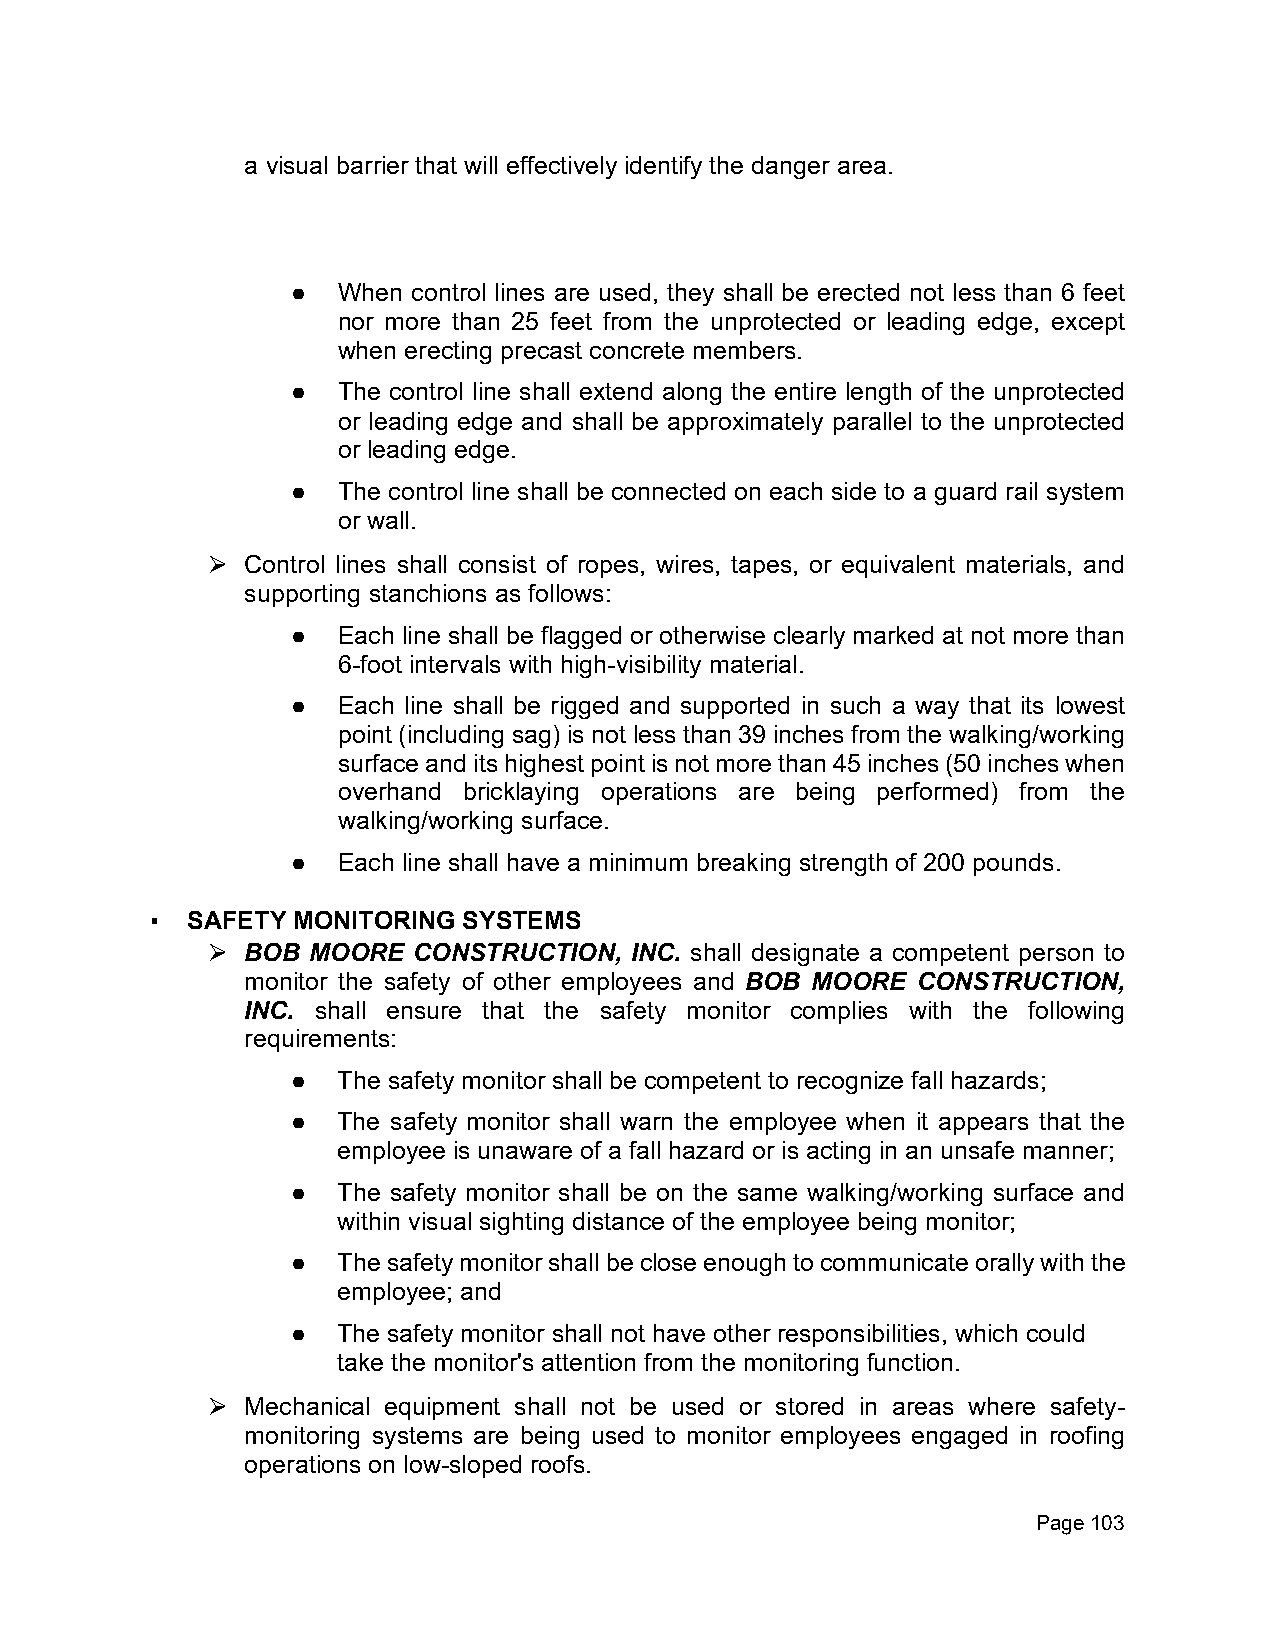
a visual barrier that will effectively identify the danger area.
 ●  When control lines are used, they shall be erected not less than 6 feet
 nor more than 25 feet from the unprotected or leading edge, except
 when erecting precast concrete members.
 ●  The control line shall extend along the entire length of the unprotected
 or leading edge and shall be approximately parallel to the unprotected
 or leading edge.
 ●  The control line shall be connected on each side to a guard rail system
 or wall.
 Control lines shall consist of ropes, wires, tapes, or equivalent materials, and
 ⮚
 supporting stanchions as follows:
 ●  Each line shall be flagged or otherwise clearly marked at not more than
 6-foot intervals with high-visibility material.
 ●  Each line shall be rigged and supported in such a way that its lowest
 point (including sag) is not less than 39 inches from the walking/working
 surface and its highest point is not more than 45 inches (50 inches when
 overhand bricklaying operations are being performed) from the
 walking/working surface.
 ●  Each line shall have a minimum breaking strength of 200 pounds.
 ▪ SAFETY MONITORING  SYSTEMS
 BOB MOORE  CONSTRUCTION,  INC. shall designate a competent person to
 ⮚
 monitor the safety of other employees and BOB MOORE CONSTRUCTION,
 INC. shall ensure that the safety monitor complies with the following
 requirements:
 ●  The safety monitor shall be competent to recognize fall hazards;
 ●  The safety monitor shall warn the employee when it appears that the
 employee is unaware of a fall hazard or is acting in an unsafe manner;
 ●  The safety monitor shall be on the same walking/working surface and
 within visual sighting distance of the employee being monitor;
 ●  The safety monitor shall be close enough to communicate orally with the
 employee; and
 ●  The safety monitor shall not have other responsibilities, which could
 take the monitor's attention from the monitoring function.
 Mechanical equipment shall not be used or stored in areas where safety-
 ⮚
 monitoring systems are being used to monitor employees engaged in roofing
 operations on low-sloped roofs.
 Page 103